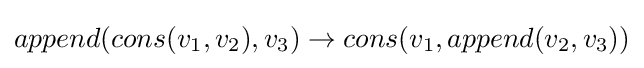
append(cons(v_{1},v_{2}),v_{3})\to cons(v_{1},append(v_{2},v_{3}))